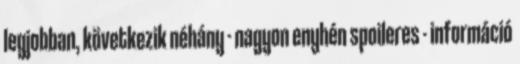
legjobban, következik néhány - nagyon enyhén spoileres - információ